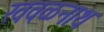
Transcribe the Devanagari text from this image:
खवळनाथ